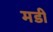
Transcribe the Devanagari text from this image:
मडी